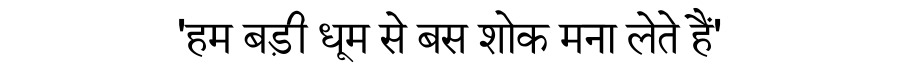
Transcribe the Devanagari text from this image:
'हम बड़ी धूम से बस शोक मना लेते हैं'